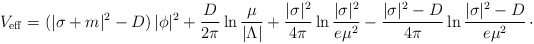
\begin{align*}V_{\rm eff} = (|\sigma + m|^{2} - D)\, |\phi|^{2} + {D\over 2\pi}\ln {\mu\over |\Lambda|} + {|\sigma|^{2}\over 4\pi} \ln {|\sigma|^{2}\over e\mu^{2}} - {|\sigma|^{2}-D\over 4\pi} \ln {|\sigma|^{2}-D \over e\mu^{2}}\, \cdotp\end{align*}